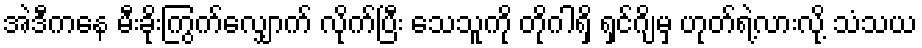
အဲဒီကနေ မီးခိုးကြွက်လျှောက် လိုက်ပြီး သေသူကို တိုဂါရှိ ရှင်ဂျိမှ ဟုတ်ရဲ့လားလို့ သံသယ